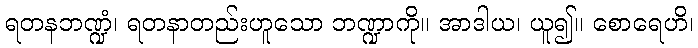
ရတနဘဏ္ဍံ၊ ရတနာတည်းဟူသော ဘဏ္ဍာကို။ အာဒါယ၊ ယူ၍။ စောရေဟိ၊